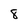
Character: 8